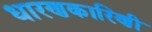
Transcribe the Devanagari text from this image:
धारणकारिणी